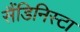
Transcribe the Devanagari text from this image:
सैंडिनिस्टा